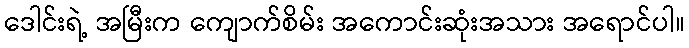
ဒေါင်းရဲ့ အမြီးက ကျောက်စိမ်း အကောင်းဆုံးအသား အရောင်ပါ။